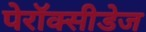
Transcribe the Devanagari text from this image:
पेरॉक्सीडेज